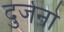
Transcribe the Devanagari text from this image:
दुर्जनो